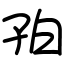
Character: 𪦺